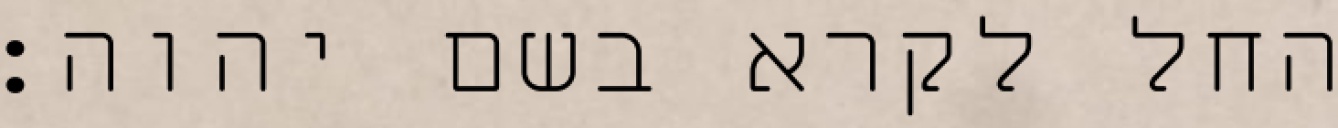
החל לקרא בשם יהוה׃